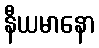
နီယမာနော